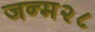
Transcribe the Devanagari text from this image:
जन्म२८